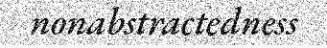
nonabstractedness